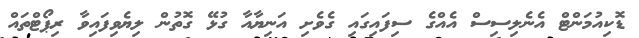
ޑޮކިއުމަންޓް އެނެލިސިސް އެއްގެ ސިފައިގައި ގެވެށި އަނިޔާއާ ގުޅޭ ގޮތުން ލިޔެވިފައިވާ ރިޕޯޓްތައް